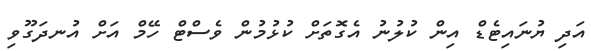
އަދި ޔުނައިޓެޑް އިން ކުލުނު އެގޮތަށް ކުޅުމުން ވެސްޓް ހޭމް އަށް އުނދަގޫވި